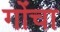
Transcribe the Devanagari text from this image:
गोंचा